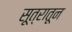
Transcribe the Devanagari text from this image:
सूत्रातून